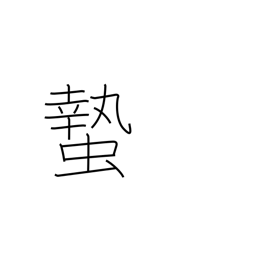
Meaning: hibernation of insects